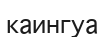
каингуа